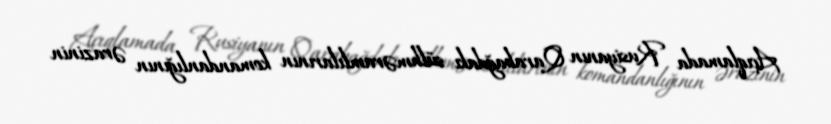
Açıqlamada Rusiyanın Qarabağdakı sülhməramlılarının komandanlığının ərazinin